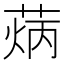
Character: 𦳼